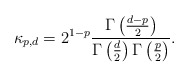
\begin{align*}\kappa_{p,d} = 2^{1-p}\frac{\Gamma\left(\frac{d-p}{2}\right)}{\Gamma\left(\frac{d}{2}\right)\Gamma\left(\frac{p}{2}\right)}.\end{align*}